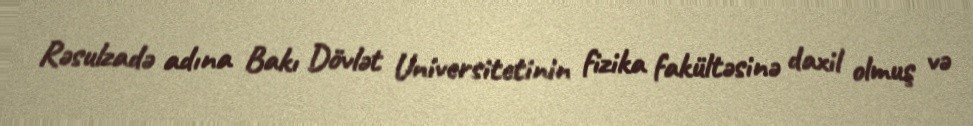
Rəsulzadə adına Bakı Dövlət Universitetinin fizika fakültəsinə daxil olmuş və